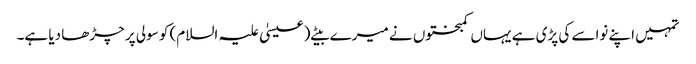
تمہیں اپنے نواسے کی پڑی ہے یہاں کمبختوں نے میرے بیٹے (عیسیٰ علیہ السلام) کو سولی پر چڑھا دیا ہے۔